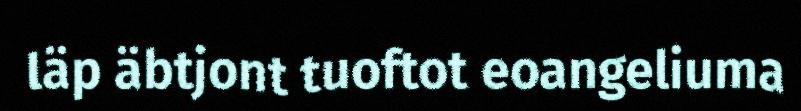
läp äbtjont tuoftot eoangeliuma